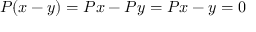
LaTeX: P ( x - y ) = P x - P y = P x - y = 0